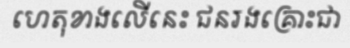
ហេតុខាងលើនេះ ជនរងគ្រោះជា